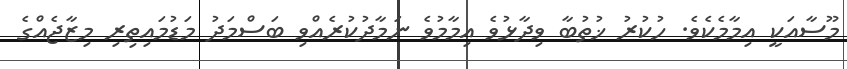
މޫސާއަކީ އިމާމެކެވެ. ހުކުރު ޚުތުބާ ވިދާޅުވެ އިމާމުވެ ނަމާދުކުރެއްވި ބަސްމަދު މަޑުމައިތިރި މިޒާޖެއްގެ